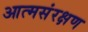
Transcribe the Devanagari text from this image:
आत्मसंरक्षण